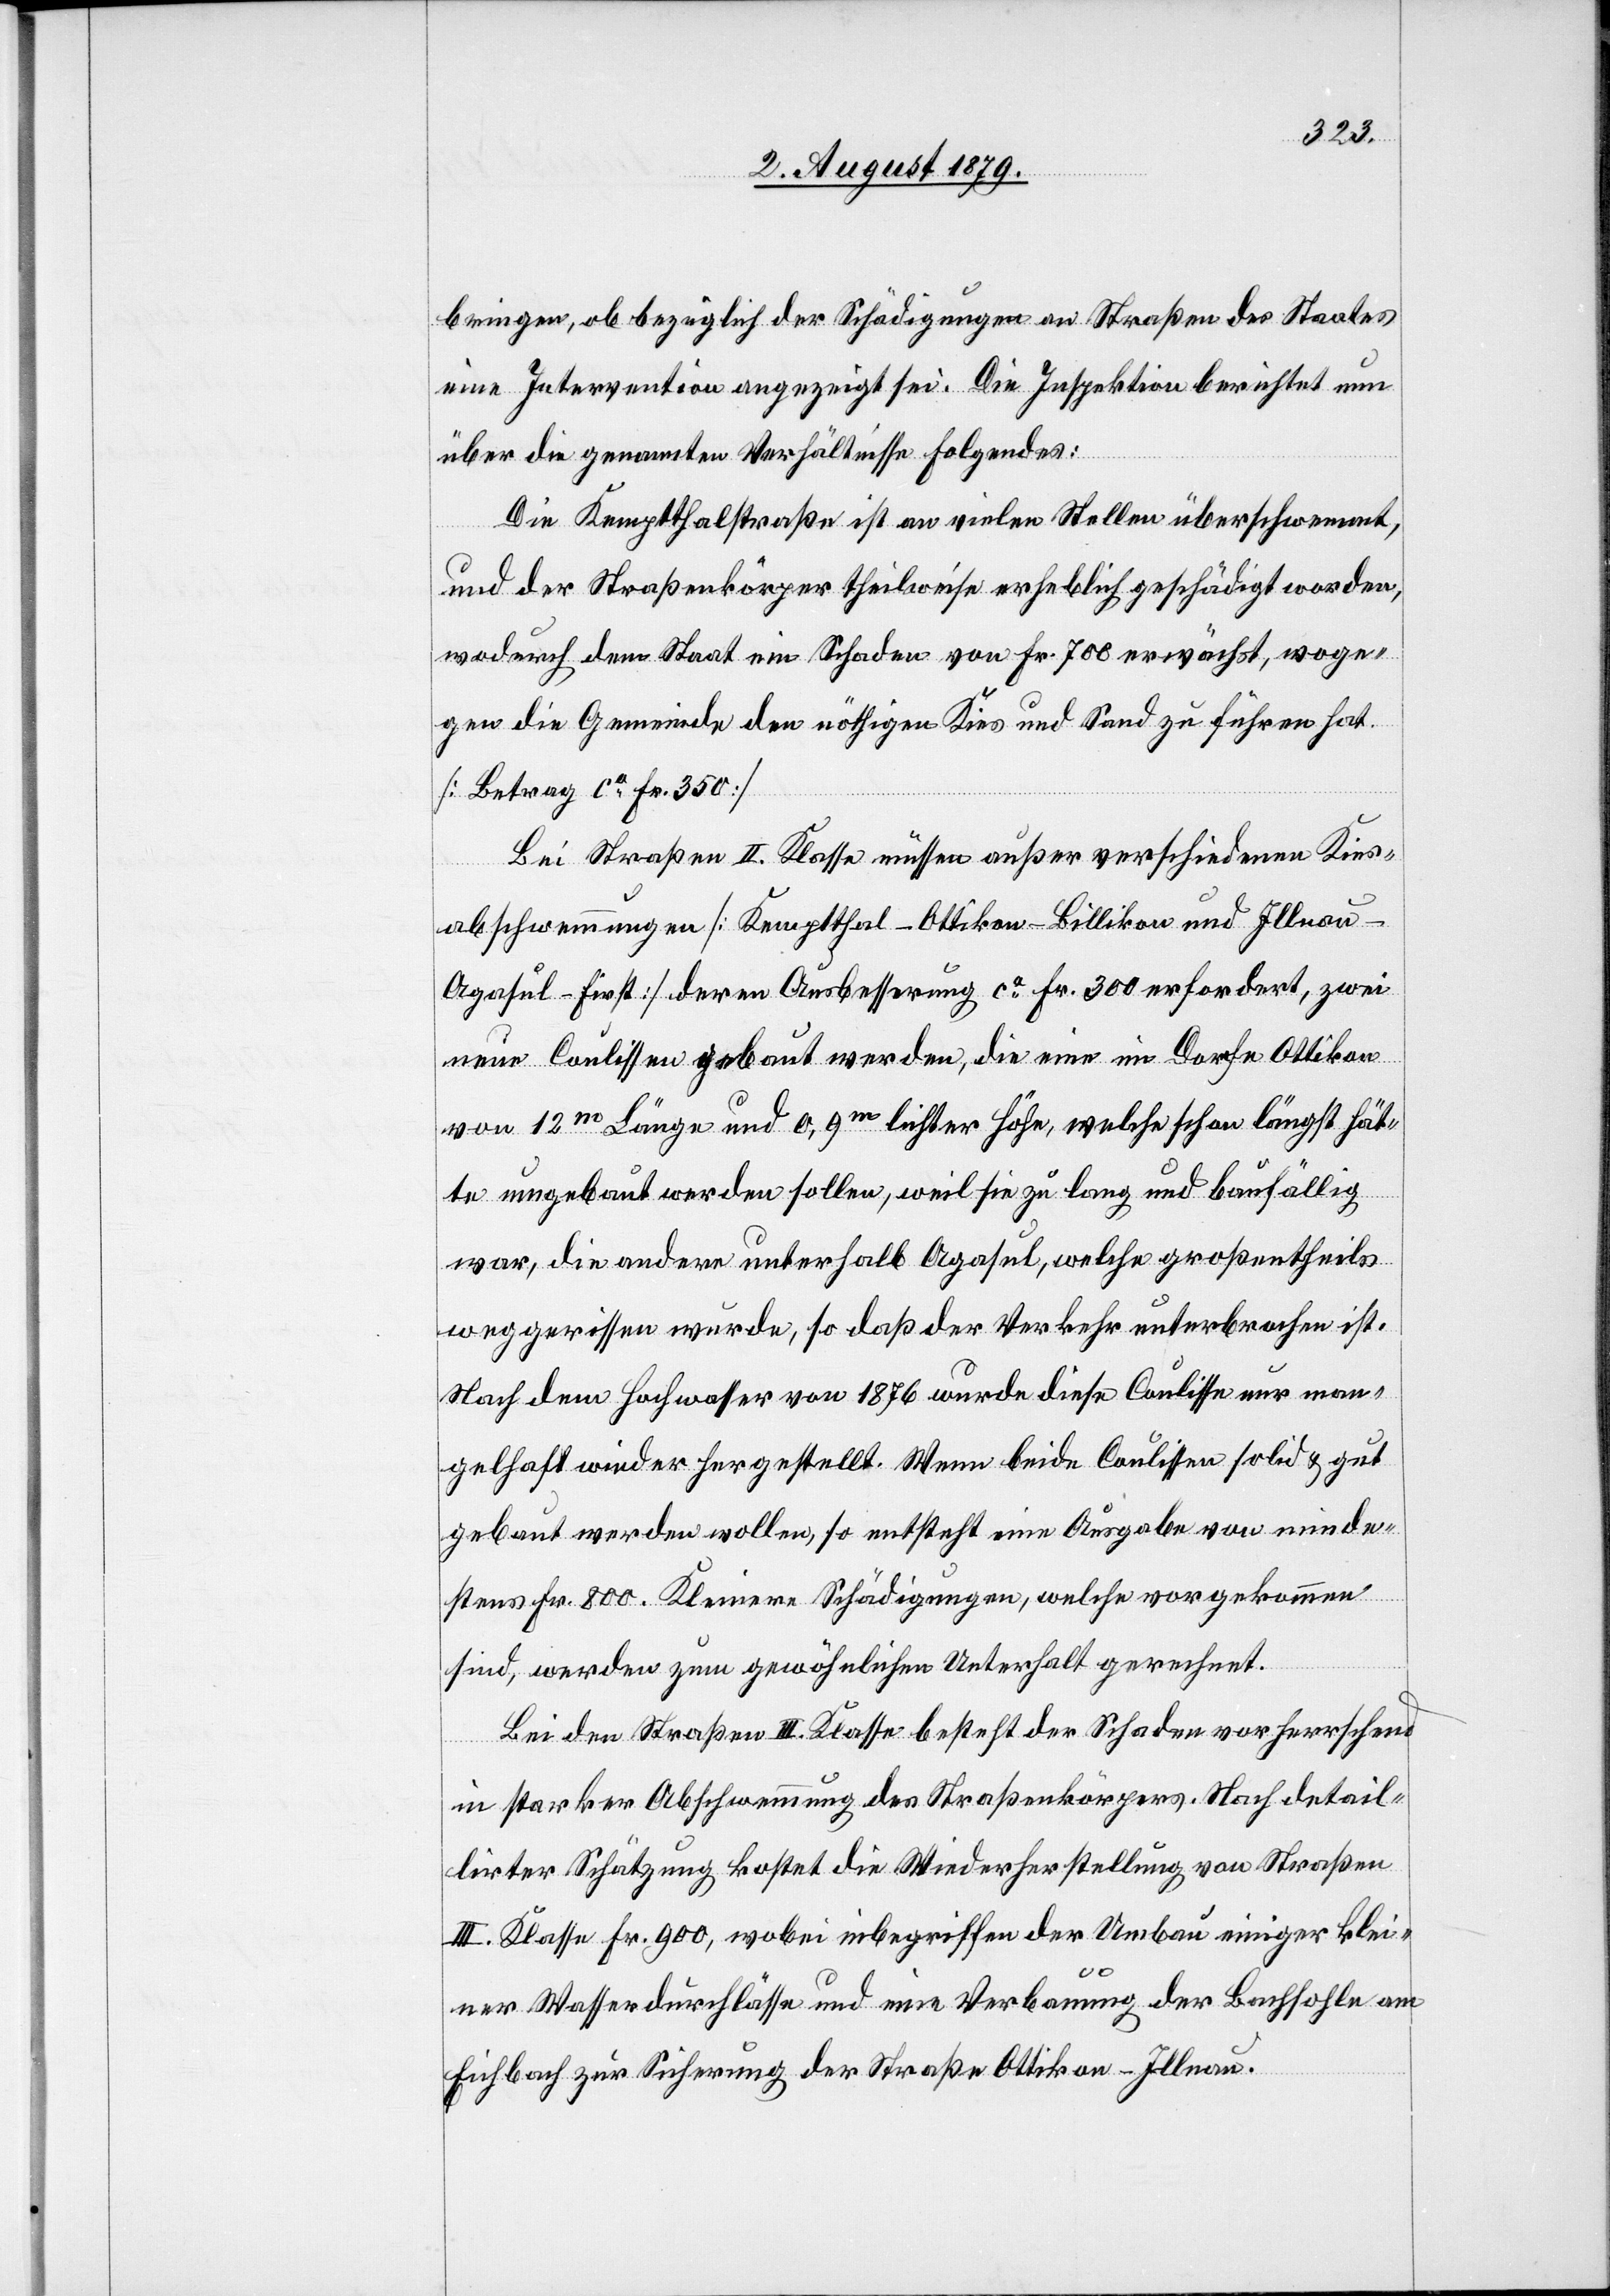
bringen, ob bezüglich der Schädigungen an Straßen des Staates
eine Intervention angezeigt sei. Die Inspektion berichtet nun
über die genannten Verhältnisse folgendes:
Die Kemptthalstraße ist an vielen Stellen überschwemmt,
und der Straßenkörper theilweise erheblich geschädigt worden,
wodurch dem Staat ein Schaden von Fr. 700 erwächst, woge¬
gen die Gemeinde den nöthigen Kies und Sand zu führen hat.
[Betrag ca Fr. 350]
Bei Straßen II. Klasse müssen außer verschiedenen Kies¬
abschwemmungen [Kemptthal–Ottikon–Billikon und Illna¬
u–Agasul–First] deren Ausbesserung ca Fr. 300 erfordert, zwei
neue Coulissen gebaut werden, die eine im Dorfe Ottikon
von 12m Länge und 0,9m lichter Höhe, welche schon längst hät¬
te umgebaut werden sollen, weil sie zu lang und baufällig
war, die andere unterhalb Agasul, welche großentheils
weggerissen wurde, so daß der Verkehr unterbrochen ist.
Nach dem Hochwasser von 1876 wurde diese Coulisse nur man¬
gelhaft wieder hergestellt. Wenn beide Coulissen solid & gut
gebaut werden wollen, so entsteht eine Ausgabe von minde¬
stens Fr. 800. Kleinere Schädigungen, welche vorgekommen
sind, werden zum gewöhnlichen Unterhalt gerechnet.
Bei den Straßen III. Klasse besteht der Schaden vorherrschend
in starker Abschwemmung des Straßenkörpers. Nach detail¬
lirter Schätzung kostet die Wiederherstellung von Straßen
III. Klassen Fr. 900, wobei inbegriffen der Umbau einiger klei¬
nerer Wasserdurchlässe und eine Verbauung der Bachsohle am
Eichbach zur Sicherung der Straße Ottikon–Illnau.